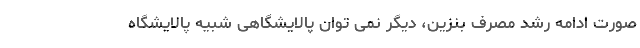
صورت ادامه رشد مصرف بنزین، دیگر نمی توان پالایشگاهی شبیه پالایشگاه